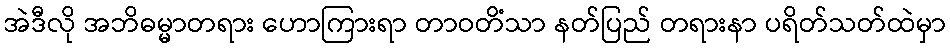
အဲဒီလို အဘိဓမ္မာတရား ဟောကြားရာ တာဝတိံသာ နတ်ပြည် တရားနာ ပရိတ်သတ်ထဲမှာ